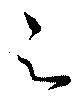
之